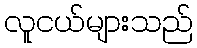
လူငယ်များသည်